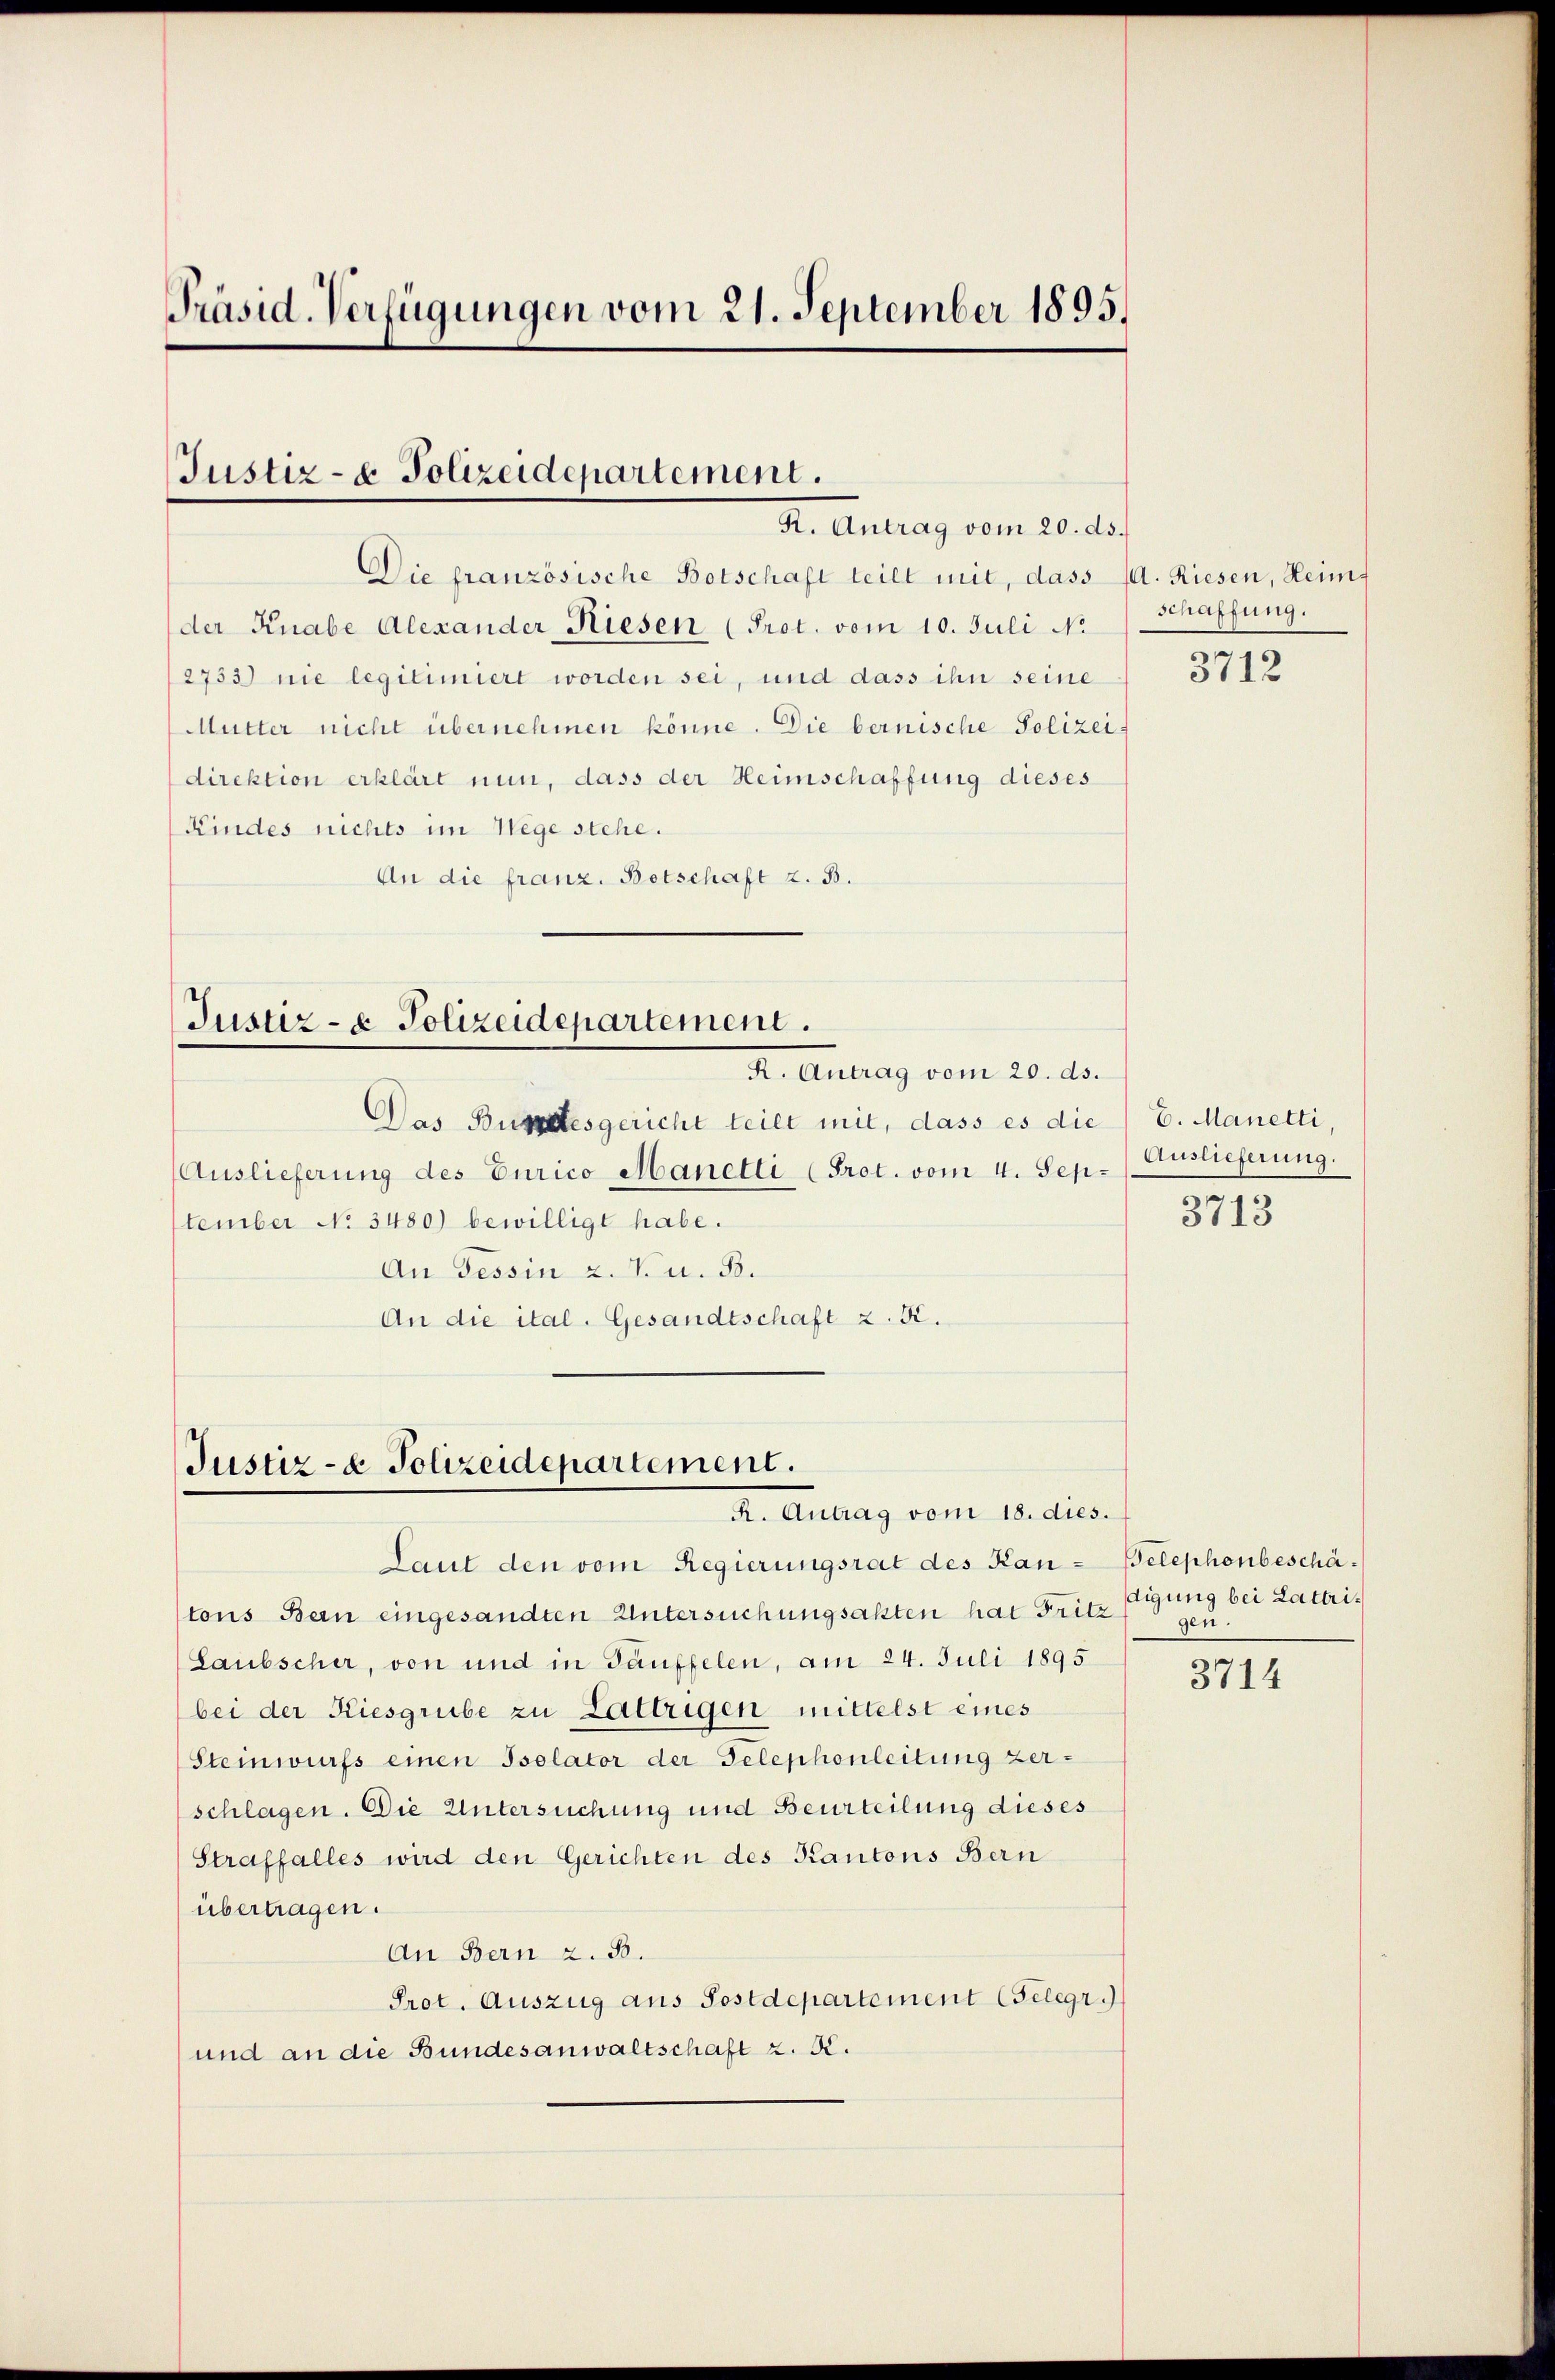
Präsid. Verfügungen vom 21. September 1895.

Justiz- & Polizeidepartement.
R. Antrag vom 20. ds.

Die französische Botschaft teilt mit, dass (A. Riesen, Heimder Knabe Alexander Riesen (Prot. vom 10. Juli No
2733) nie legitimiert worden sei, und dass ihn seine
Mutter nicht übernehmen könne. Die bernische Polizeidirektion erklärt nun, dass der Heimschaffung dieses
Kindes nichts im Wege stehe.
An die franz. Betschaft z. B.

Justiz- & Polizeidepartement.
R. Antrag vom 20. ds.

Das Bundesgericht teilt mit, dass es die
Auslieferung des Curico Manetli (Prot. vom 4. Sep
tember No 3480) bewilligt habe.
An Tessin z. K. u. B.
An die ital. Gesandtschaft z. K.

Justiz- & Polizeidepartement.
R. Antrag vom 18. dies.

Laut den vom Regierungsrat des Kan- Belephenbeschä¬

tons Bern eingesandten Untersuchungsakten hat Fritz
Laubscher, von und in Täuffelen, am 24. Juli 1895
bei der Kiesgrube zu Lattrigen mittelst eines
Steinwurfs einen Isolator der Telephonleitung zerschlagen. Die Untersuchung und Beurteilung dieses
Straffalles wird den Gerichten des Kantons Bern
übertragen.
An Bern z. B.
Prot. Auszug aus Postdepartement (Gelegr.
und an die Bundesanwaltschaft z. B.

schaffung.

3712

6. Manetti,
Auslieferung.
3713

digung bei Lattrigen.

3714